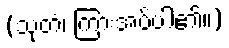
(သုတံ၊ ကြားအပ်ပါ၏။)